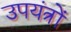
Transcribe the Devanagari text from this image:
उपयंत्रों